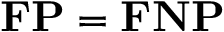
\mathbf { F P } = \mathbf { F N P }